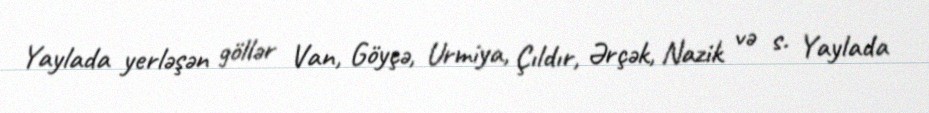
Yaylada yerləşən göllər Van, Göyçə, Urmiya, Çıldır, Ərçək, Nazik və s. Yaylada